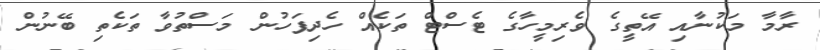
ރާމާ މަކުނާއި އޭތީގެ ވެރިމީހާގެ ޓެސްޓް ތަކެއް ހެދިފަހުން މަސްތުވާ ތަކެތި ބޭނުން